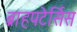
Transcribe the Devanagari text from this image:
ब्राहपटेर्सिस